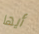
أيها